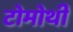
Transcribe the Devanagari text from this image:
टोमोथी